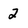
Character: 2